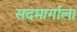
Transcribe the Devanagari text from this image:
सदमार्गाला